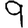
Digit: 9